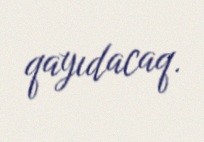
qayıdacaq.